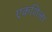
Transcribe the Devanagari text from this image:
एकशिला